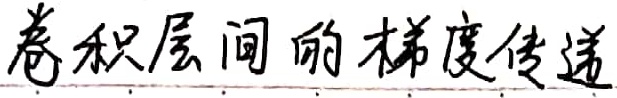
卷积层间的梯度传递